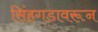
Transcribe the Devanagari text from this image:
सिंहगडावरून